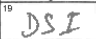
Transcription: DSI